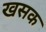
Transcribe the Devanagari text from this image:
खसक